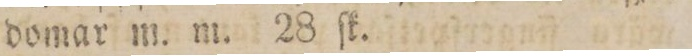
domar m. m. 28 ſk.